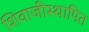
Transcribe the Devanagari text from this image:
शिवाजीस्थापित